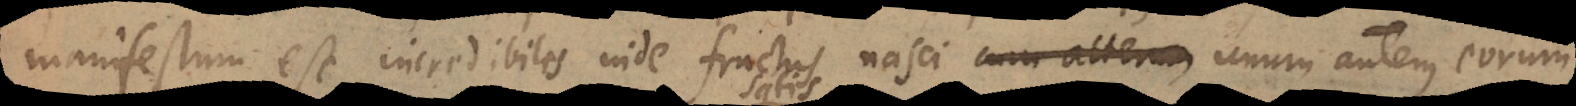
manifestum est, incredibiles inde fructus nasci, unum autem eorum